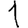
Digit: 1